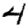
Digit: 4